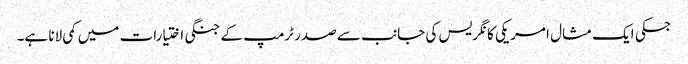
جسکی ایک مثال امریکی کانگریس کی جانب سے صدر ٹرمپ کے جنگی اختیارات میں کمی لانا ہے۔